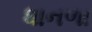
ધાનળા